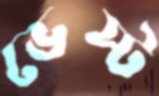
ভেস্ট